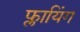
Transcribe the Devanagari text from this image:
फ्लायिंग